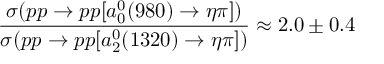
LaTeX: \frac { \sigma ( p p \rightarrow p p [ a _ { 0 } ^ { 0 } ( 9 8 0 ) \rightarrow \eta \pi ] ) } { \sigma ( p p \rightarrow p p [ a _ { 2 } ^ { 0 } ( 1 3 2 0 ) \rightarrow \eta \pi ] ) } \approx 2 . 0 \pm 0 . 4